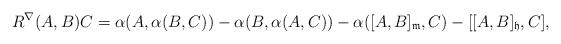
LaTeX: \begin{align*} R^{\nabla}(A,B)C= \alpha (A,\alpha (B, C))-\alpha (B,\alpha (A, C))-\alpha ( [A , B]_{\mathfrak{m}}, C)-[[A , B]_{\mathfrak{h}} , C], \end{align*}